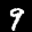
Label: 9